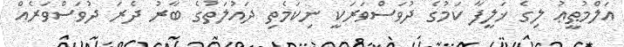
އަލްމުޠީޢު ލިގެ ޚަލީފާ ކަމުގެ ދުވަސްވަރަކީ ނިކަމެތި ދައުލަތުގެ ބާރު ދެރަ ދުވަސްވަރެއް